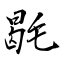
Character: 毼